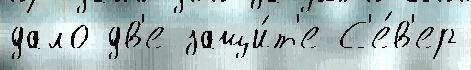
дало дв'е защи́т'е С'е́в'ер